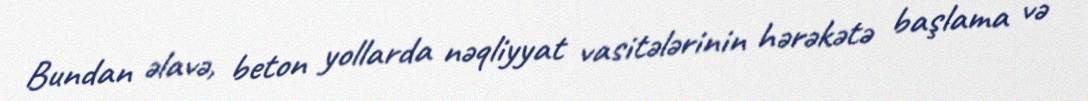
Bundan əlavə, beton yollarda nəqliyyat vasitələrinin hərəkətə başlama və